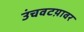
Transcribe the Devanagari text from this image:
उंचवटय़ावर